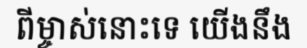
ពីម្ចាស់នោះទេ យើងនឹង